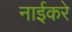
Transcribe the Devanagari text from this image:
नाईकरे